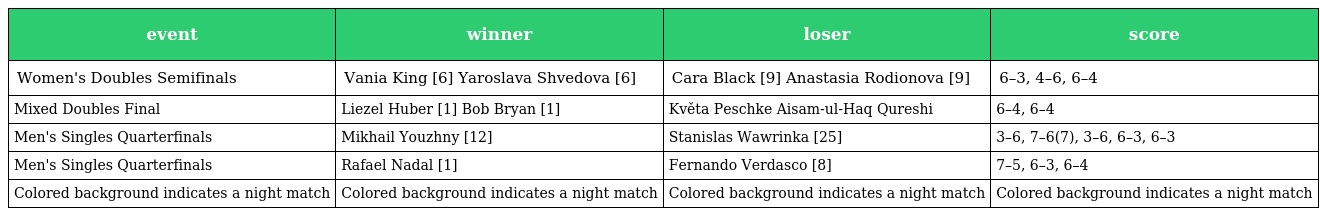
| event | winner | loser | score |
 | --- | --- | --- | --- |
 | Women's Doubles Semifinals | Vania King [6] Yaroslava Shvedova [6] | Cara Black [9] Anastasia Rodionova [9] | 6–3, 4–6, 6–4 |
 | Mixed Doubles Final | Liezel Huber [1] Bob Bryan [1] | Květa Peschke Aisam-ul-Haq Qureshi | 6–4, 6–4 |
 | Men's Singles Quarterfinals | Mikhail Youzhny [12] | Stanislas Wawrinka [25] | 3–6, 7–6(7), 3–6, 6–3, 6–3 |
 | Men's Singles Quarterfinals | Rafael Nadal [1] | Fernando Verdasco [8] | 7–5, 6–3, 6–4 |
 | Colored background indicates a night match | Colored background indicates a night match | Colored background indicates a night match | Colored background indicates a night match |